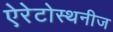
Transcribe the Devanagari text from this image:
ऐरेटोस्थनीज